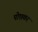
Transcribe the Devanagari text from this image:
पोछकर